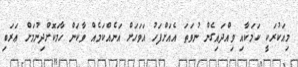
މިއަކުރަކީ ކަމަކާއި ވިއްދައިގެން ނުވަތަ އެއަށްފަހު އަވަހަށް އަނެއްކަމެއް ވާކަން ހާމަކޮށްދިނުމަށް ޢަރަބި